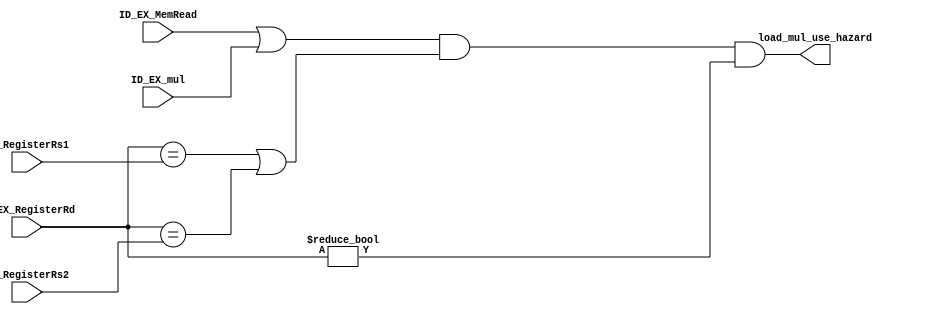
//code by Yu Siang
module HAZARD_DETECTION (
    input ID_EX_MemRead, 
    input ID_EX_mul,
    input [4:0]ID_EX_RegisterRd, ID_RegisterRs1, ID_RegisterRs2,
    output load_mul_use_hazard//load use or mul use

);
assign load_mul_use_hazard = (ID_EX_MemRead||ID_EX_mul) && ((ID_EX_RegisterRd == ID_RegisterRs1) || (ID_EX_RegisterRd == ID_RegisterRs2)) && (ID_EX_RegisterRd != 5'd0);
    //added: no load_use hazard if rd = 0 -- Heng Siang
endmodule